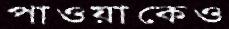
পাওয়াকেও